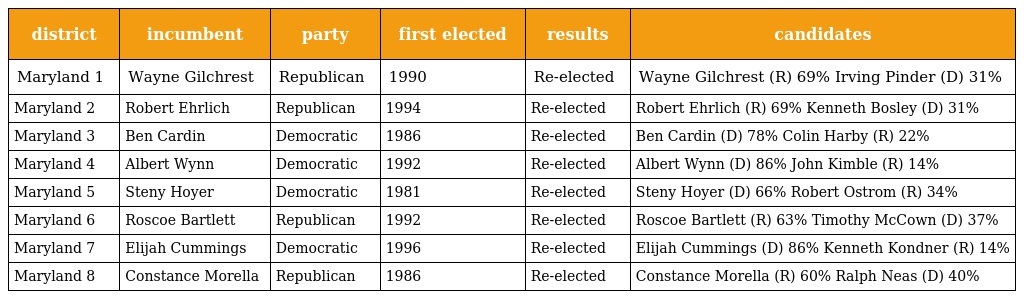
| district | incumbent | party | first elected | results | candidates |
 | --- | --- | --- | --- | --- | --- |
 | Maryland 1 | Wayne Gilchrest | Republican | 1990 | Re-elected | Wayne Gilchrest (R) 69% Irving Pinder (D) 31% |
 | Maryland 2 | Robert Ehrlich | Republican | 1994 | Re-elected | Robert Ehrlich (R) 69% Kenneth Bosley (D) 31% |
 | Maryland 3 | Ben Cardin | Democratic | 1986 | Re-elected | Ben Cardin (D) 78% Colin Harby (R) 22% |
 | Maryland 4 | Albert Wynn | Democratic | 1992 | Re-elected | Albert Wynn (D) 86% John Kimble (R) 14% |
 | Maryland 5 | Steny Hoyer | Democratic | 1981 | Re-elected | Steny Hoyer (D) 66% Robert Ostrom (R) 34% |
 | Maryland 6 | Roscoe Bartlett | Republican | 1992 | Re-elected | Roscoe Bartlett (R) 63% Timothy McCown (D) 37% |
 | Maryland 7 | Elijah Cummings | Democratic | 1996 | Re-elected | Elijah Cummings (D) 86% Kenneth Kondner (R) 14% |
 | Maryland 8 | Constance Morella | Republican | 1986 | Re-elected | Constance Morella (R) 60% Ralph Neas (D) 40% |